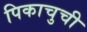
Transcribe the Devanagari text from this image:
पिकाचुची